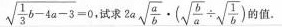
\sqrt { \frac { 1 } { 3 } b - 4 a - 3 } = 0$$,试求 $$2 a \sqrt { \frac { a } { b } } \cdot ( \sqrt { \frac { b } { a } } \div \sqrt { \frac { 1 } { b } } )$$ 值。